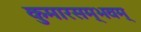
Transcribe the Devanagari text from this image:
कुमारसम्भवम्‌